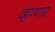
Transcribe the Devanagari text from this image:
व्हण्णार